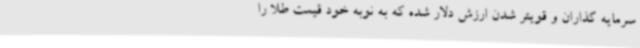
سرمایه گذاران و قویتر شدن ارزش دلار شده که به نوبه خود قیمت طلا را